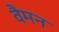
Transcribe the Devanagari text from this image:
वैमन